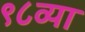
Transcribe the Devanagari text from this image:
९८व्या